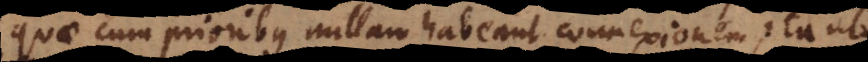
quae cum prioribus nullam habeant connexionem, ita u